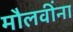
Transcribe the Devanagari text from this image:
मौलवींना